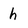
Character: h